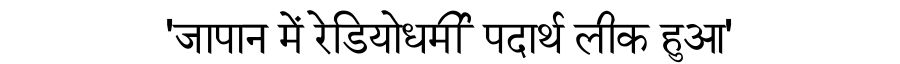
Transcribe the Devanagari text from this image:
'जापान में रेडियोधर्मी पदार्थ लीक हुआ'